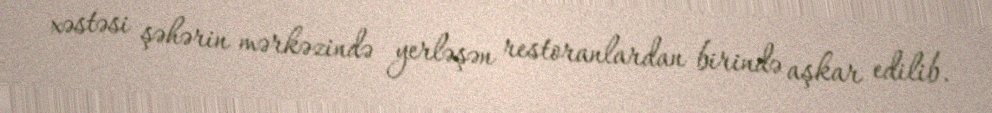
xəstəsi şəhərin mərkəzində yerləşən restoranlardan birində aşkar edilib.